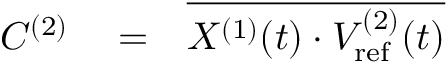
\begin{array} { r l r } { C ^ { ( 2 ) } } & { { } = } & { \overline { { X ^ { ( 1 ) } ( t ) \cdot V _ { \mathrm { r e f } } ^ { ( 2 ) } ( t ) } } } \end{array}